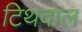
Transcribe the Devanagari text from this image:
टिथवाल